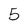
Character: 5